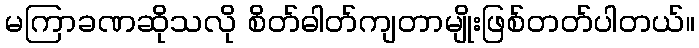
မကြာခဏဆိုသလို စိတ်ဓါတ်ကျတာမျိုးဖြစ်တတ်ပါတယ်။